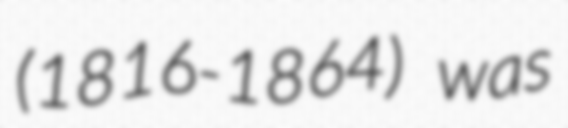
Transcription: (1816-1864) was